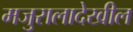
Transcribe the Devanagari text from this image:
मजुरालादेखील